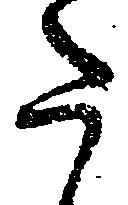
た